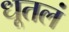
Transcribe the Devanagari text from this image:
धूतलं